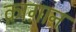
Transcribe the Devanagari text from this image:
क़ाग़ान